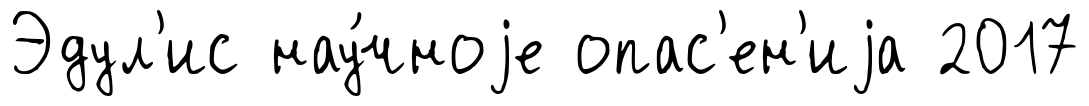
Эдул'ис нау́чноjе опас'ен'иjа 2017